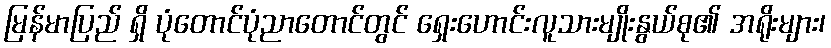
မြန်မာပြည် ရှိ ပုံတောင်ပုံညာတောင်တွင် ရှေးဟောင်းလူသားမျိုးနွယ်စု၏ အရိုးများ၊